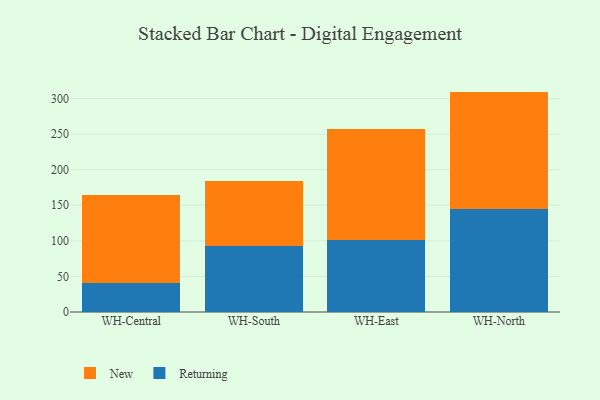
{"axis": {"x": "Warehouse", "y": "Waste Production (Tons)"}, "legend": ["New", "Returning"], "data": [{"x": "WH-Central", "y": 40.4, "type": "Returning"}, {"x": "WH-Central", "y": 123.9, "type": "New"}, {"x": "WH-South", "y": 92.9, "type": "Returning"}, {"x": "WH-South", "y": 91.6, "type": "New"}, {"x": "WH-East", "y": 101.5, "type": "Returning"}, {"x": "WH-East", "y": 155.5, "type": "New"}, {"x": "WH-North", "y": 144.6, "type": "Returning"}, {"x": "WH-North", "y": 165.2, "type": "New"}]}